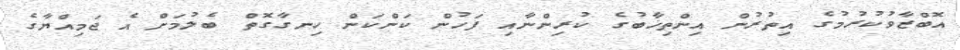
އޮބްޒާވުކުރުމުގެ އިތުރުން އިންތިޚާބުގެ ކުރިންނާއި ފަހުން ކަންކަން ހިނގާގޮތް ބެލުމަށް އެ ޖަމިއްޔާގެ